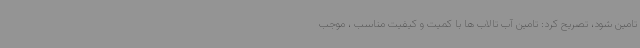
تامین شود، تصریح کرد: تامین آب تالاب ها با کمیت و کیفیت مناسب ، موجب